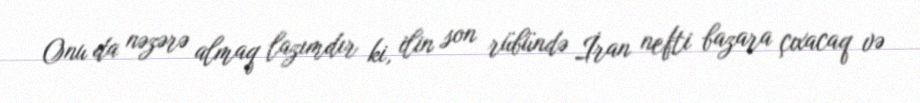
Onu da nəzərə almaq lazımdır ki, ilin son rübündə İran nefti bazara çıxacaq və